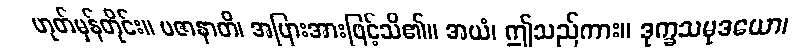
ဟုတ်မှန်တိုင်း။ ပဇာနာတိ၊ အပြားအားဖြင့်သိ၏။ အယံ၊ ဤသည်ကား။ ဒုက္ခသမုဒယော၊